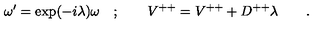
\omega ^ { \prime } = \exp ( - i \lambda ) \omega \quad ; \qquad V ^ { + + } = V ^ { + + } + D ^ { + + } \lambda \qquad .